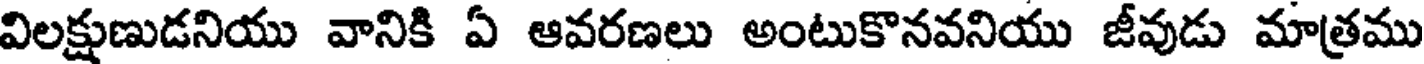
విలక్షుణుడనియు వానికి ఏ ఆవరణలు అంటుకొనవనియు జీవుడు మాత్రము